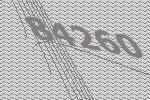
84260